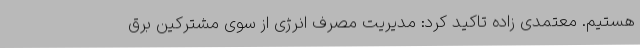
هستیم. معتمدی زاده تاکید کرد: مدیریت مصرف انرژی از سوی مشترکین برق